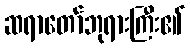
ဆရာတော်ဘုရားကြီး၏